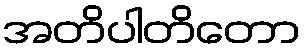
အတိပါတိတော